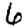
Digit: 6